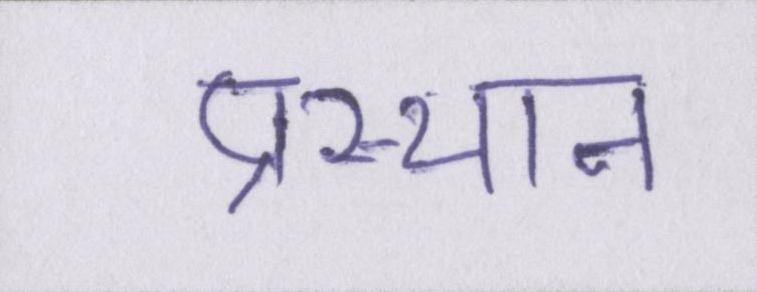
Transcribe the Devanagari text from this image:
प्रस्थान